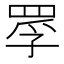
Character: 罦